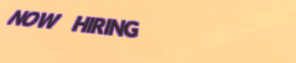
NOW HIRING